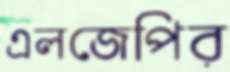
এলজেপির